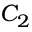
C _ { 2 }